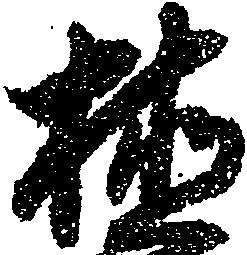
植